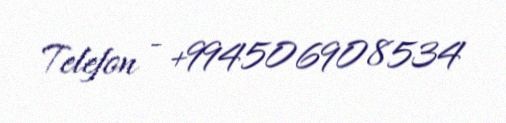
Telefon - +994506908534